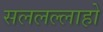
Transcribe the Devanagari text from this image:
सललल्लाहो